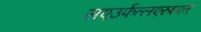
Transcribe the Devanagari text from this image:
सएउर्फत्लएरुइएत्